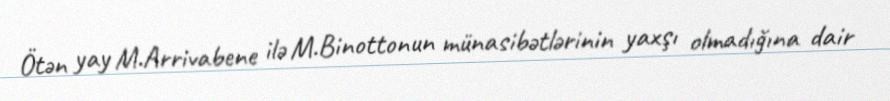
Ötən yay M.Arrivabene ilə M.Binottonun münasibətlərinin yaxşı olmadığına dair